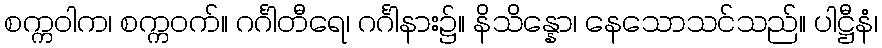
စက္ကဝါက၊ စက္ကဝက်။ ဂင်္ဂါတီရေ၊ ဂင်္ဂါနား၌။ နိသိန္နော၊ နေသောသင်သည်။ ပါဋ္ဌီနံ၊